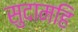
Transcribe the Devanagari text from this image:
सुदामहि